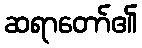
ဆရာတော်၏